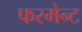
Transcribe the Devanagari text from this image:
फरमेन्ट